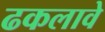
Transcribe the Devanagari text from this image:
ढकलावे